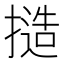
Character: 𢳥